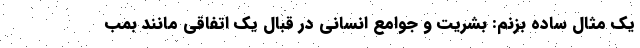
یک مثال ساده بزنم: بشریت و جوامع انسانی در قبال یک اتفاقی مانند بمب